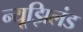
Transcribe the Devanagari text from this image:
न्यूझिलंड